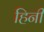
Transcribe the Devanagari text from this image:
हिनी